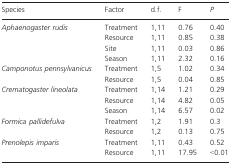
<table><thead><tr><td><b>Species</b></td><td><b>Factor</b></td><td><b>d.f.</b></td><td><b>F</b></td><td><b><i>P</i></b></td></tr></thead><tbody><tr><td rowspan="4"><i>Aphaenogaster rudis</i></td><td>Treatment</td><td>1,11</td><td>0.76</td><td>0.40</td></tr><tr><td>Resource</td><td>1,11</td><td>0.85</td><td>0.38</td></tr><tr><td>Site</td><td>1,11</td><td>0.03</td><td>0.86</td></tr><tr><td>Season</td><td>1,11</td><td>2.32</td><td>0.16</td></tr><tr><td rowspan="2"><i>Camponotus pennsylvanicus</i></td><td>Treatment</td><td>1,5</td><td>1.02</td><td>0.34</td></tr><tr><td>Resource</td><td>1,5</td><td>0.04</td><td>0.85</td></tr><tr><td rowspan="3"><i>Crematogaster lineolata</i></td><td>Treatment</td><td>1,14</td><td>1.21</td><td>0.29</td></tr><tr><td>Resource</td><td>1,14</td><td>4.82</td><td>0.05</td></tr><tr><td>Season</td><td>1,14</td><td>6.57</td><td>0.02</td></tr><tr><td rowspan="2"><i>Formica pallidefulva</i></td><td>Treatment</td><td>1,2</td><td>1.91</td><td>0.3</td></tr><tr><td>Resource</td><td>1,2</td><td>0.13</td><td>0.75</td></tr><tr><td rowspan="2"><i>Prenolepis imparis</i></td><td>Treatment</td><td>1,11</td><td>0.43</td><td>0.52</td></tr><tr><td>Resource</td><td>1,11</td><td>17.95</td><td>&lt;0.01</td></tr></tbody></table>